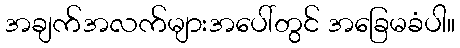
အချက်အလက်များအပေါ်တွင် အခြေမခံပါ။